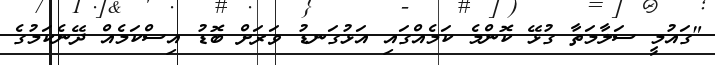
"ގައުމީ ސަލާމަތާ ގުޅޭ ކޮންމެ ކަމެއްގައި އަޅުގަނޑު ވަރަށް ބޮޑު އިސްކަމެއް ދޭނެކަމުގެ